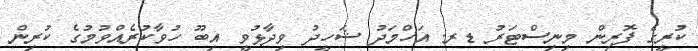
ކުރީގެ ފޮރިން މިނިސްޓަރު ޑރ. އަހްމަދު ޝަހީދު ވިދާޅުވީ އިބޫ ހުވާކުރެއްވުމުގެ ކުރިން